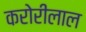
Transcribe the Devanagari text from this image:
करोरीलाल